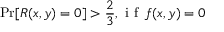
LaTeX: \operatorname* { P r } [ R ( x , y ) = 0 ] > { \frac { 2 } { 3 } } , { \textrm { i f } } \, f ( x , y ) = 0